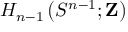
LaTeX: H _ { n - 1 } \left( S ^ { n - 1 } ; \mathbf { Z } \right)